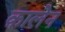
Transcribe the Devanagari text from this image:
क़ालेन